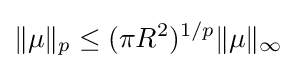
\displaystyle \|\mu \|_{p}\leq (\pi R^{2})^{1/p}\|\mu \|_{\infty }